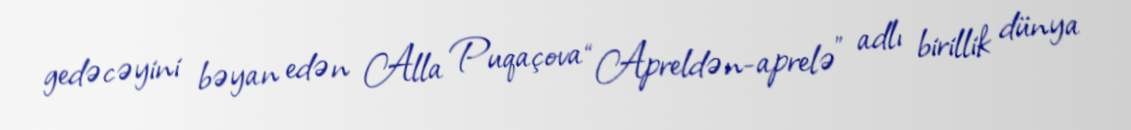
gedəcəyini bəyan edən Alla Puqaçova “Apreldən-aprelə” adlı birillik dünya